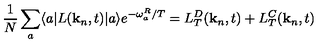
\frac { 1 } { N } \sum _ { a } \langle a | L ( { \bf k } _ { n } , t ) | a \rangle e ^ { - \omega _ { a } ^ { R } / T } = L _ { T } ^ { D } ( { \bf k } _ { n } , t ) + L _ { T } ^ { C } ( { \bf k } _ { n } , t )